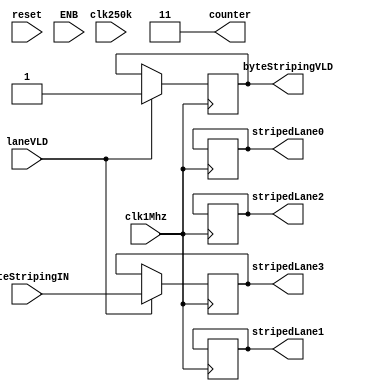
module byte_striping_cond (
  output reg [7:0] stripedLane0,
  output reg [7:0] stripedLane1,
  output reg [7:0] stripedLane2,
  output reg [7:0] stripedLane3,
  output reg byteStripingVLD,

  input wire [7:0] byteStripingIN,
  input wire laneVLD,
  input wire clk250k,
  input wire clk1Mhz,
  output reg [1:0] counter,
  input wire reset,
  input wire ENB
  );

  always @ ( ~reset ) begin
    counter <= 2'b11;
  end

  always @ ( posedge clk1Mhz ) begin
    if (reset) begin
      if (ENB) begin
        counter <= counter + 1;
      end else begin
        counter <= counter;
      end
    end else begin
      counter <= 2'b11;
    end

    case (counter)
      2'b00: if (laneVLD) begin
        stripedLane0 <= byteStripingIN;
        byteStripingVLD <= 0;
        // counter <= 2'b01;
      end
      2'b01: if (laneVLD) begin
        stripedLane1 <= byteStripingIN;
        byteStripingVLD <= 0;
        // counter <= 2'b10;
      end
      2'b10: if (laneVLD) begin
        stripedLane2 <= byteStripingIN;
        byteStripingVLD <= 0;
        // counter <= 2'b11;
      end
      2'b11: if (laneVLD) begin
        stripedLane3 <= byteStripingIN;
        byteStripingVLD <= 1;
        // counter <= 2'b00;
      end
      default: byteStripingVLD <= 0;
    endcase
  end

endmodule //byte_striping_struct